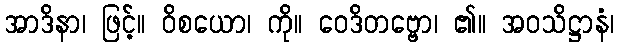
အာဒိနာ၊ ဖြင့်။ ဝိစယော၊ ကို။ ဝေဒိတဗ္ဗော၊ ၏။ အဝသိဋ္ဌာနံ၊